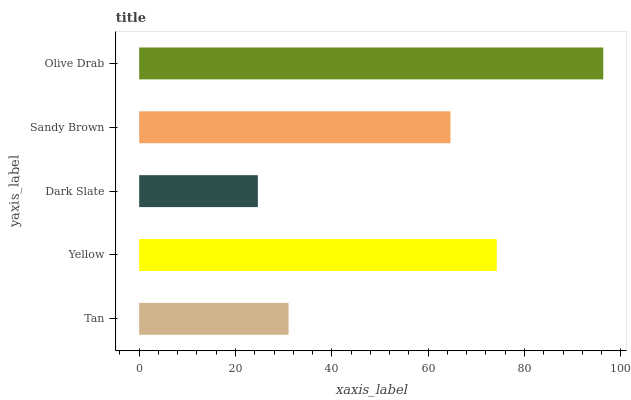
| yaxis_label | bars |
 | --- | --- |
 | Tan | 31 |
 | Yellow | 74.2 |
 | Dark Slate | 24.6 |
 | Sandy Brown | 64.6 |
 | Olive Drab | 96.4 |